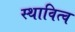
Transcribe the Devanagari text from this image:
स्थावित्व